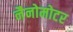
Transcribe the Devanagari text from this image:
नैनोमोटर